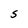
Character: S